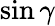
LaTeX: \sin\gamma